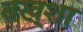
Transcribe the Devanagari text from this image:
बख्‍शा